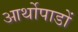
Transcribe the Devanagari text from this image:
आर्थोपाडों